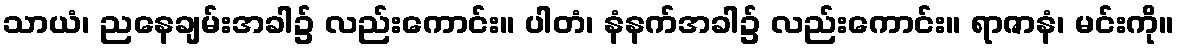
သာယံ၊ ညနေချမ်းအခါ၌ လည်းကောင်း။ ပါတံ၊ နံနက်အခါ၌ လည်းကောင်း။ ရာဇာနံ၊ မင်းကို။